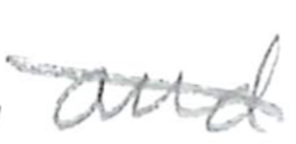
Text: PlayStation
Cross-out: diagonal
Writing tool: pencil